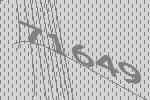
71649